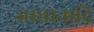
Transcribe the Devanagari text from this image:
आधानादि